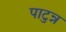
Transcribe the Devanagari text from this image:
पाटुन्न